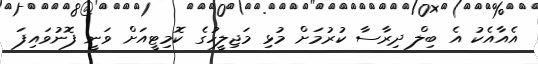
އެއާއެކު އެ ބިލް ދިރާސާ ކުރުމަށް މުޅި މަޖިލީހުގެ ކޮމިޓީއަށް ވަނީ ފޮނުވައިފަ